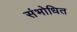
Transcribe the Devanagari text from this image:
संभोधित